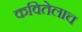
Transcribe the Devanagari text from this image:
कवितेलाच